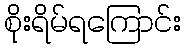
စိုးရိမ်ရကြောင်း